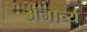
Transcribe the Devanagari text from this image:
अनार्च्य